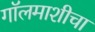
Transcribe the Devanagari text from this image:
गॉलमाशीचा